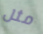
مثل